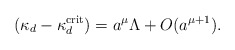
\begin{align*}(\kappa_d -\kappa_d^{\rm crit})=a^\mu\Lambda +O(a^{\mu +1}).\end{align*}